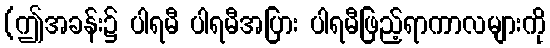
(ဤအခန်း၌ ပါရမီ ပါရမီအပြား ပါရမီဖြည့်ရာကာလများကို